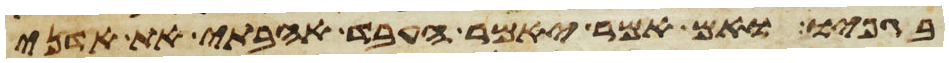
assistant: בגפיו אם אמר יאמר העבד אהבתי את אדני